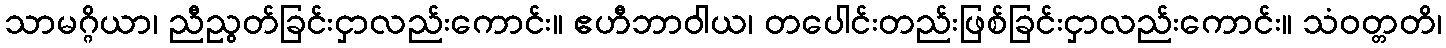
သာမဂ္ဂိယာ၊ ညီညွတ်ခြင်းငှာလည်းကောင်း။ ဧဟီဘာဝါယ၊ တပေါင်းတည်းဖြစ်ခြင်းငှာလည်းကောင်း။ သံဝတ္တတိ၊